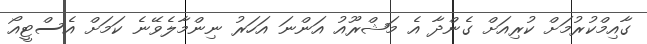
ގާއިމްކުރުމަށް ކުރިއަށް ގެންދާ އެ މަޝްރޫއު އަންނަ އަހަރު ނިންމާލެވޭނެ ކަމަށް އެސްޓީއޯ